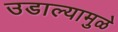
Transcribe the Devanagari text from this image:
उडाल्यामुळे